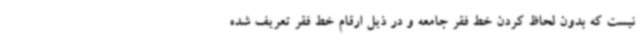
نیست که بدون لحاظ کردن خط فقر جامعه و در ذیل ارقام خط فقر تعریف شده